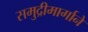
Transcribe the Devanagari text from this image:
समुद्रीमार्गाने